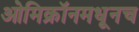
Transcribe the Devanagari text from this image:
ओमिक्रॉनमधूनच